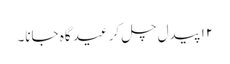
۱۲ پیدل چل کر عید گاہ جانا۔